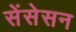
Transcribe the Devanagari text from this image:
सेंसेसन